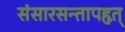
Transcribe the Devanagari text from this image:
संसारसन्तापहृत्